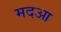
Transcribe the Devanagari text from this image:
मदआ